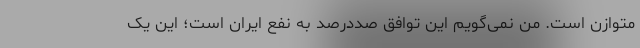
متوازن است. من نمی‌گویم این توافق صددرصد به نفع ایران است؛ این یک